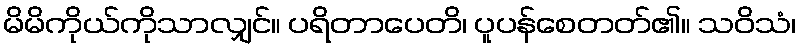
မိမိကိုယ်ကိုသာလျှင်။ ပရိတာပေတိ၊ ပူပန်စေတတ်၏။ သဝိသံ၊